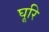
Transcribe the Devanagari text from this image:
घूरि